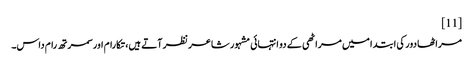
[11]
مراٹھا دور کی ابتدا میں مراٹھی کے دو انتہائی مشہور شاعر نظر آتے ہیں، تکارام اور سمرتھ رام داس۔